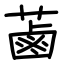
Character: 蓾